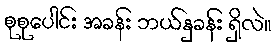
စုစုပေါင်း အခန်း ဘယ်နှခန်း ရှိလဲ။